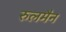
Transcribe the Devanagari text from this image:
रुलमैन